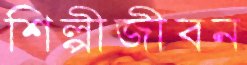
শিল্পীজীবন